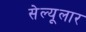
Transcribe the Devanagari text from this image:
सेल्यूलार